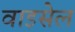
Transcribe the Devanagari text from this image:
वाइसेल